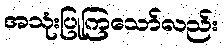
အသုံးပြုကြသော်လည်း